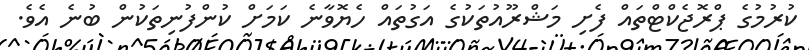
ކުރުމުގެ ޕްރޮޖެކްޓްތައް ފެށި މަޝްރޫއުތަކުގެ އަގުތައް ހެޔޮވާނެ ކަމަށް ކުންފުނިތަކުން ބުނެ އެވެ.